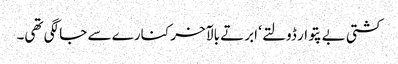
کشتی بے پتوار ڈولتے ‘ ابرتے بالآخر کنارے سے جا لگی تھی۔